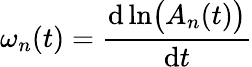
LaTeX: \omega_{n}(t)=\frac{\mathrm{d}\ln\bigl(A_{n}(t)\bigr)}{\mathrm{d}t}